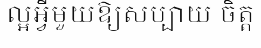
ល្អអ្វីមួយឱ្យសប្បាយ ចិត្ត